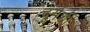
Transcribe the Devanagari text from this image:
दूर्गर्शी